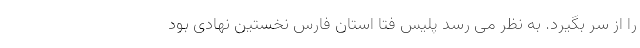
را از سر بگیرد. به نظر می رسد پلیس فتا استان فارس نخستین نهادی بود